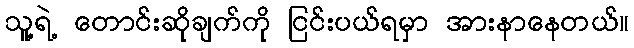
သူ့ရဲ့ တောင်းဆိုချက်ကို ငြင်းပယ်ရမှာ အားနာနေတယ်။